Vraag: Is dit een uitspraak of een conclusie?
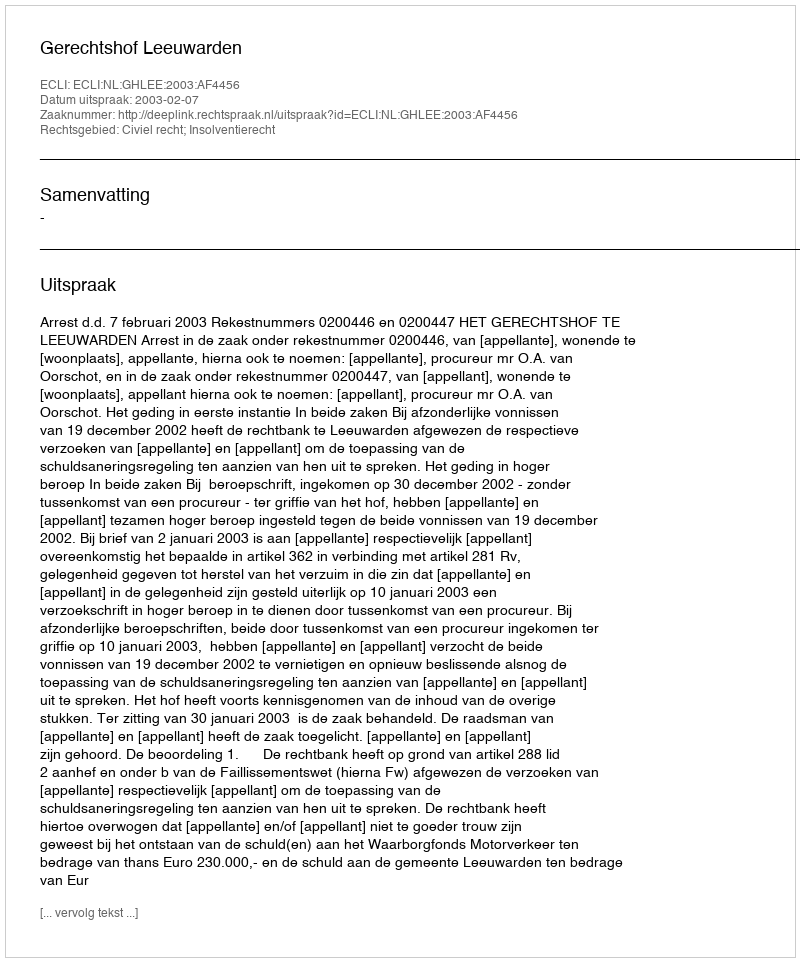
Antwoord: Uitspraak